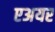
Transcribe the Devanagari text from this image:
एअयर